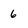
Character: 6